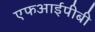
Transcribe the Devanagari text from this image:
एफआईपीबी